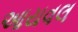
આયવલ